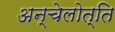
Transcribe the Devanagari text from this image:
अन्चेलोत्ति